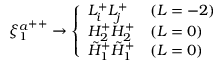
{ \xi _ { 1 } ^ { a } } ^ { + + } \rightarrow \left\{ \begin{array} { l l } { { L _ { i } ^ { + } L _ { j } ^ { + } } } & { { ( L = - 2 ) } } \\ { { H _ { 2 } ^ { + } H _ { 2 } ^ { + } } } & { { ( L = 0 ) } } \\ { { \tilde { H } _ { 1 } ^ { + } \tilde { H } _ { 1 } ^ { + } } } & { { ( L = 0 ) } } \end{array} \right.